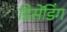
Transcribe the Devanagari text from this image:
डिसेंडिंग